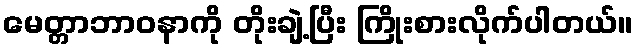
မေတ္တာဘာဝနာကို တိုးချဲ့ပြီး ကြိုးစားလိုက်ပါတယ်။